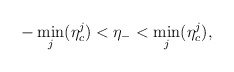
\begin{align*}-\min_{j}(\eta^{j}_{c}) < \eta_{-} < \min_{j}(\eta^{j}_{c}),\end{align*}